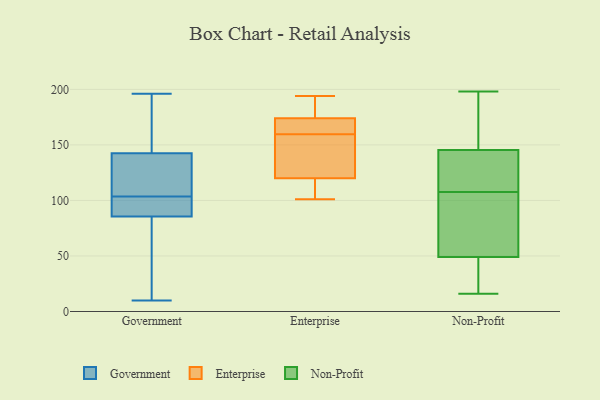
{"axis": {"x": "Inventory Turnover", "y": "Value"}, "legend": ["Enterprise", "Government", "Non-Profit"], "data": [{"x": "", "y": 105, "type": "Government"}, {"x": "", "y": 10, "type": "Government"}, {"x": "", "y": 196, "type": "Government"}, {"x": "", "y": 98, "type": "Government"}, {"x": "", "y": 143, "type": "Government"}, {"x": "", "y": 162, "type": "Government"}, {"x": "", "y": 163, "type": "Government"}, {"x": "", "y": 142, "type": "Government"}, {"x": "", "y": 126, "type": "Government"}, {"x": "", "y": 98, "type": "Government"}, {"x": "", "y": 141, "type": "Government"}, {"x": "", "y": 102, "type": "Government"}, {"x": "", "y": 36, "type": "Government"}, {"x": "", "y": 88, "type": "Government"}, {"x": "", "y": 42, "type": "Government"}, {"x": "", "y": 83, "type": "Government"}, {"x": "", "y": 194, "type": "Enterprise"}, {"x": "", "y": 101, "type": "Enterprise"}, {"x": "", "y": 123, "type": "Enterprise"}, {"x": "", "y": 174, "type": "Enterprise"}, {"x": "", "y": 173, "type": "Enterprise"}, {"x": "", "y": 158, "type": "Enterprise"}, {"x": "", "y": 161, "type": "Enterprise"}, {"x": "", "y": 120, "type": "Enterprise"}, {"x": "", "y": 188, "type": "Enterprise"}, {"x": "", "y": 112, "type": "Enterprise"}, {"x": "", "y": 22, "type": "Non-Profit"}, {"x": "", "y": 66, "type": "Non-Profit"}, {"x": "", "y": 198, "type": "Non-Profit"}, {"x": "", "y": 126, "type": "Non-Profit"}, {"x": "", "y": 148, "type": "Non-Profit"}, {"x": "", "y": 188, "type": "Non-Profit"}, {"x": "", "y": 152, "type": "Non-Profit"}, {"x": "", "y": 101, "type": "Non-Profit"}, {"x": "", "y": 66, "type": "Non-Profit"}, {"x": "", "y": 142, "type": "Non-Profit"}, {"x": "", "y": 67, "type": "Non-Profit"}, {"x": "", "y": 117, "type": "Non-Profit"}, {"x": "", "y": 114, "type": "Non-Profit"}, {"x": "", "y": 143, "type": "Non-Profit"}, {"x": "", "y": 16, "type": "Non-Profit"}, {"x": "", "y": 179, "type": "Non-Profit"}, {"x": "", "y": 42, "type": "Non-Profit"}, {"x": "", "y": 47, "type": "Non-Profit"}, {"x": "", "y": 21, "type": "Non-Profit"}, {"x": "", "y": 51, "type": "Non-Profit"}]}